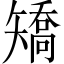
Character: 矯